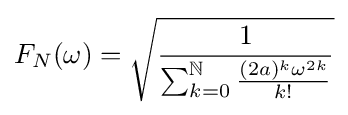
F_{N}(\omega )={\sqrt {\frac {1}{\sum _{k=0}^{\mathbb {N} }{\frac {(2a)^{k}\omega ^{2k}}{k!}}}}}